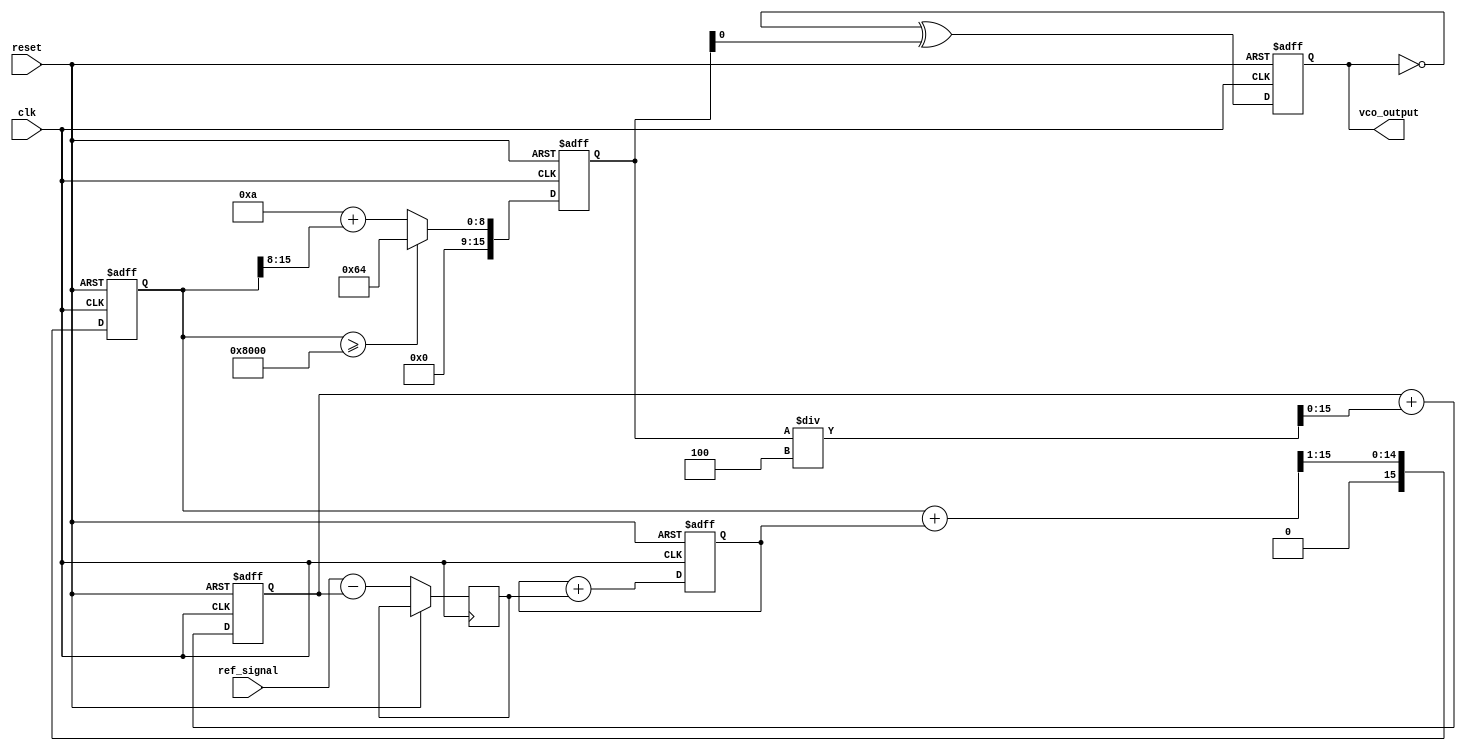
module sigma_delta_pll (
    input wire clk,                // Reference clock
    input wire reset,              // Asynchronous reset
    input wire ref_signal,         // Reference signal
    output reg vco_output          // Output of the VCO
);

    // Parameters
    parameter SD_ORDER = 1;        // Sigma-Delta Modulator Order
    parameter VCO_MAX_FREQ = 100;  // Maximum frequency of VCO
    parameter VCO_MIN_FREQ = 10;    // Minimum frequency of VCO
    
    // Internal signals
    reg [15:0] phase_error;        // Phase error signal
    reg [15:0] mod_output;         // Output of the sigma-delta modulator
    reg [15:0] control_voltage;     // Control voltage for VCO
    reg [15:0] vco_freq;           // Current frequency of VCO
    reg [15:0] vco_div;            // VCO output after division for feedback

    // Sigma-Delta Modulator (1st Order)
    always @(posedge clk or posedge reset) begin
        if (reset) begin
            mod_output <= 16'd0;
        end else begin
            // Simple integrator approach
            phase_error <= ref_signal - vco_div; // Calculate phase error
            mod_output <= mod_output + phase_error; // Integrate phase error
        end
    end

    // Feedback loop divider (simple integer division)
    always @(posedge clk or posedge reset) begin
        if (reset) begin
            vco_div <= 16'd0;
        end else begin
            // Simple feedback divider, assuming a division factor of 4 for demonstration
            vco_div <= vco_div + (vco_freq / 4);
        end
    end

    // Loop Filter (Simple First-Order)
    always @(posedge clk or posedge reset) begin
        if (reset) begin
            control_voltage <= 16'd0;
        end else begin
            // Control voltage as a direct pass-through of the modulator output
            control_voltage <= (control_voltage + mod_output) >> 1; // Low-pass filter
        end
    end

    // Voltage-Controlled Oscillator (VCO)
    always @(posedge clk or posedge reset) begin
        if (reset) begin
            vco_freq <= VCO_MIN_FREQ; // Initialize VCO frequency
            vco_output <= 1'b0;       // Initialize output
        end else begin
            // Adjust VCO frequency based on control voltage
            if (control_voltage >= 16'd32768) begin
                vco_freq <= VCO_MAX_FREQ; // Max frequency
            end else begin
                vco_freq <= VCO_MIN_FREQ + (control_voltage >> 8); // Scale control voltage
            end

            // Generate VCO output based on current frequency - simple toggle approximation
            vco_output <= (~vco_output) ^ (vco_freq[0]); // Toggle output based on frequency
        end
    end

endmodule